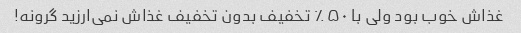
غذاش خوب بود ولی با ۵۰٪ تخفیف بدون تخفیف غذاش نمی‌ارزید گرونه!